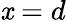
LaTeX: \mathit{x}=d